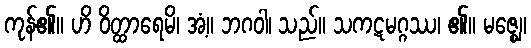
ကုန်၏။ ဟိ ဝိတ္ထာရေမိ၊ အံ့။ ဘဂဝါ၊ သည်။ သကဋမဂ္ဂဿ၊ ၏။ မဇ္ဈေ၊